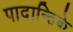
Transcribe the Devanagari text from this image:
पादान्तिके